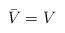
LaTeX: \begin{align*} \bar V = V\end{align*}